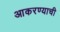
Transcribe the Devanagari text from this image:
आकरण्याची